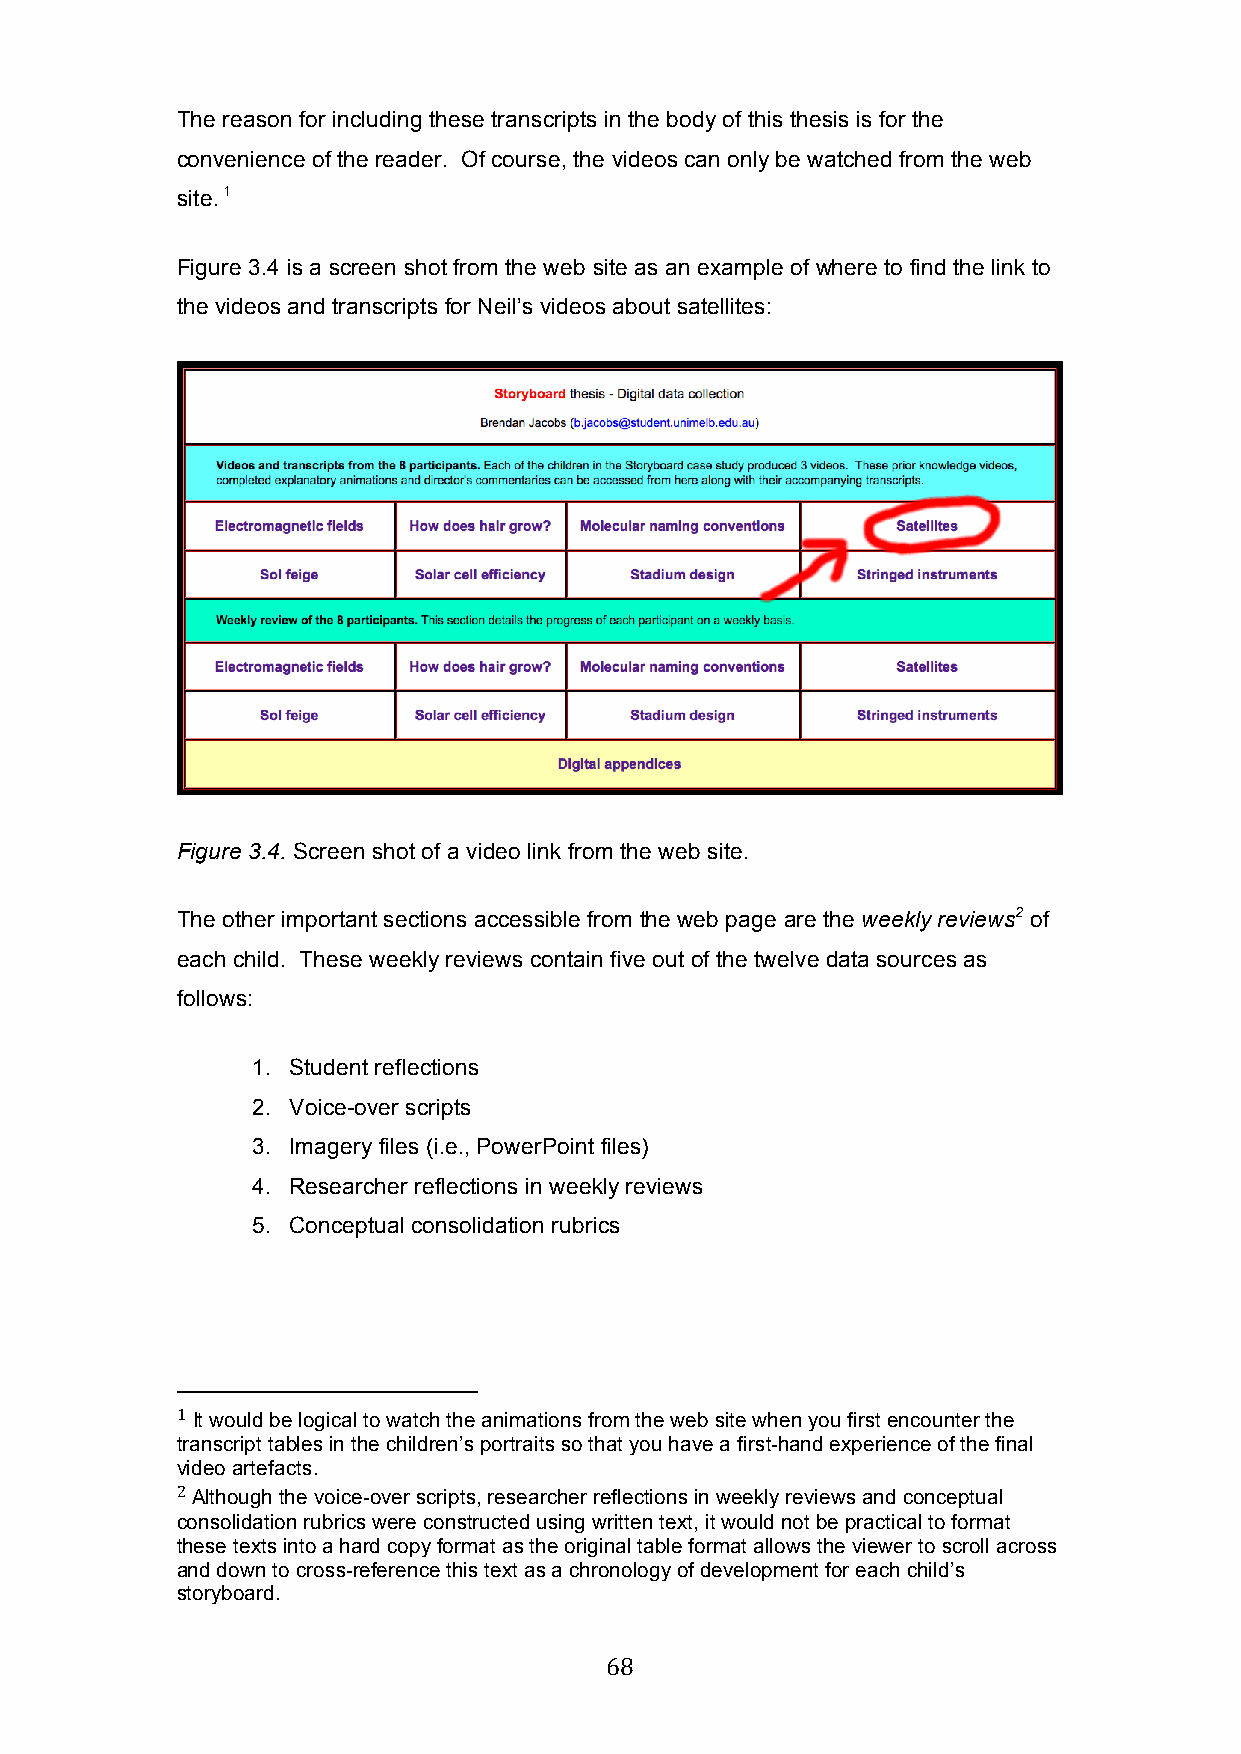
The reason for including these transcripts in the body of this thesis is for the
 convenience of the reader. Of course, the videos can only be watched from the web
 site. 1
 Figure 3.4 is a screen shot from the web site as an example of where to find the link to
 the videos and transcripts for Neil’s videos about satellites:
 Figure 3.4. Screen shot of a video link from the web site.
 The other important sections accessible from the web page are the weekly reviews2 of
 each child. These weekly reviews contain five out of the twelve data sources as
 follows:
 1. Student reflections
 2. Voice-over scripts
 3. Imagery files (i.e., PowerPoint files)
 4. Researcher reflections in weekly reviews
 5. Conceptual consolidation rubrics
 1 It would be logical to watch the animations from the web site when you first encounter the
 transcript tables in the children’s portraits so that you have a first-hand experience of the final
 video artefacts.
 2 Although the voice-over scripts, researcher reflections in weekly reviews and conceptual
 consolidation rubrics were constructed using written text, it would not be practical to format
 these texts into a hard copy format as the original table format allows the viewer to scroll across
 and down to cross-reference this text as a chronology of development for each child’s
 storyboard.
 68